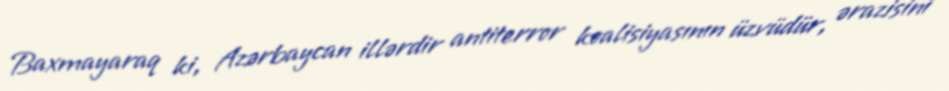
Baxmayaraq ki, Azərbaycan illərdir antiterror koalisiyasının üzvüdür, ərazisini